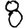
Digit: 8